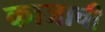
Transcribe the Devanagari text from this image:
काजाची